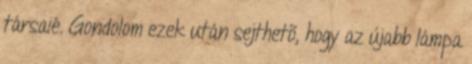
társaié. Gondolom ezek után sejthetõ, hogy az újabb lámpa